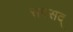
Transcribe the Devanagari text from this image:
सदसद्